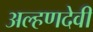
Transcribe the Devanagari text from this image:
अल्हणदेवी